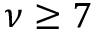
\nu \geq 7